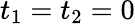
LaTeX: t_{1}=t_{2}=0